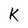
Character: K